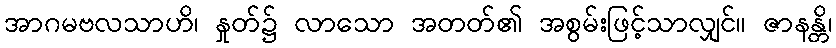
အာဂမဗလသာဟိ၊ နှုတ်၌ လာသော အတတ်၏ အစွမ်းဖြင့်သာလျှင်။ ဇာနန္တိ၊